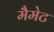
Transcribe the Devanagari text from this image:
मैमेट